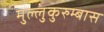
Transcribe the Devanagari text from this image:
मुल्लुकुरुम्बास